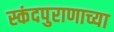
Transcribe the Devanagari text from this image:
स्कंदपुराणाच्या